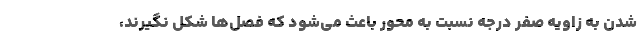
شدن به زاویه صفر درجه نسبت به محور باعث می‌شود که فصل‌ها شکل نگیرند،